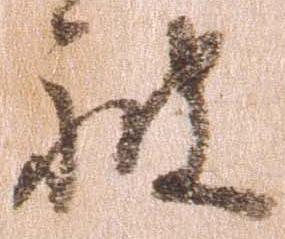
被